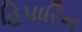
હિપારિન